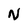
Character: N